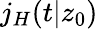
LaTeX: j_{H}(t|z_{0})